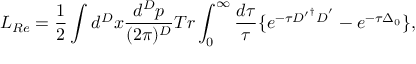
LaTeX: { \cal L } _ { R e } = { \frac { 1 } { 2 } } \int d ^ { D } x \frac { d ^ { D } p } { ( 2 \pi ) ^ { D } } T r \int _ { 0 } ^ { \infty } { \frac { d \tau } { \tau } } \{ e ^ { - \tau { \cal D ^ { \prime } } ^ { \dag } { \cal D } ^ { ' } } - e ^ { - \tau \Delta _ { 0 } } \} ,